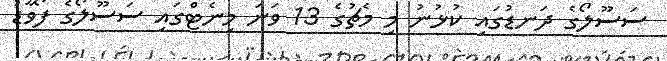
ސަސޫލޯގެ ދަނޑުގައި ކުޅުނު މި މެޗުގެ 13 ވަނަ މިނެޓްގައި ސަސޫލޯގެ ފޯވާޑު